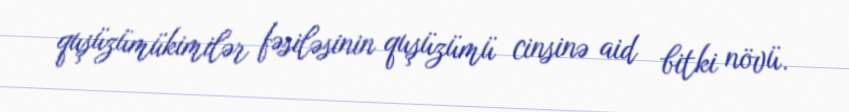
quşüzümükimilər fəsiləsinin quşüzümü cinsinə aid bitki növü.